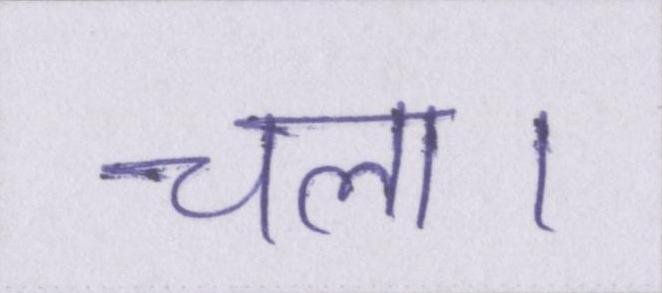
चला।